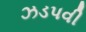
ઝડપવી